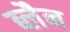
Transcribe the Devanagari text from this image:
ब्लैन